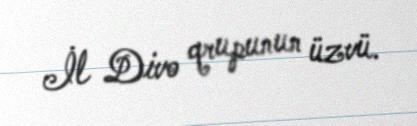
İl Divo qrupunun üzvü.